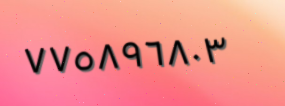
٧٧٥٨٩٦٨٠٣